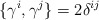
\begin{align*}\{\gamma ^{i},\gamma ^{j}\}=2\delta ^{ij}\end{align*}